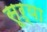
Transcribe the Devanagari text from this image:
सूऱ्या